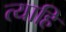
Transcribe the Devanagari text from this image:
त्याहि